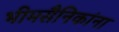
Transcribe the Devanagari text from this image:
भीमसैनिकांना